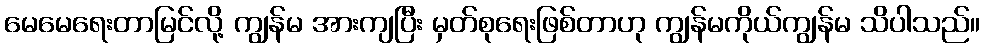
မေမေရေးတာမြင်လို့ ကျွန်မ အားကျပြီး မှတ်စုရေးဖြစ်တာဟု ကျွန်မကိုယ်ကျွန်မ သိပါသည်။